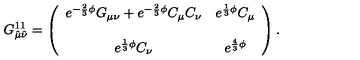
G _ { \hat { \mu } \hat { \nu } } ^ { 1 1 } = \left( \begin{array} { c c } { e ^ { - \frac { 2 } { 3 } \phi } G _ { \mu \nu } + e ^ { - \frac { 2 } { 3 } \phi } C _ { \mu } C _ { \nu } } & { e ^ { \frac { 1 } { 3 } \phi } C _ { \mu } } \\ { } & { } \\ { e ^ { \frac { 1 } { 3 } \phi } C _ { \nu } } & { e ^ { \frac { 4 } { 3 } \phi } } \\ \end{array} \right) .